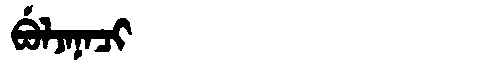
Manchu: ᠪᡠᠯᠵᠠᠨᠠᠴᡳ
Romanization: BULJANACI